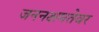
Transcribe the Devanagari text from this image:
जननक्षमतेवर